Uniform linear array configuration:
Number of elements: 32
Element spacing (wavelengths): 0.5
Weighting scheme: exponential
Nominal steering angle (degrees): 45
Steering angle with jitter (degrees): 43.487
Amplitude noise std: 0.05
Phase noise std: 0.05

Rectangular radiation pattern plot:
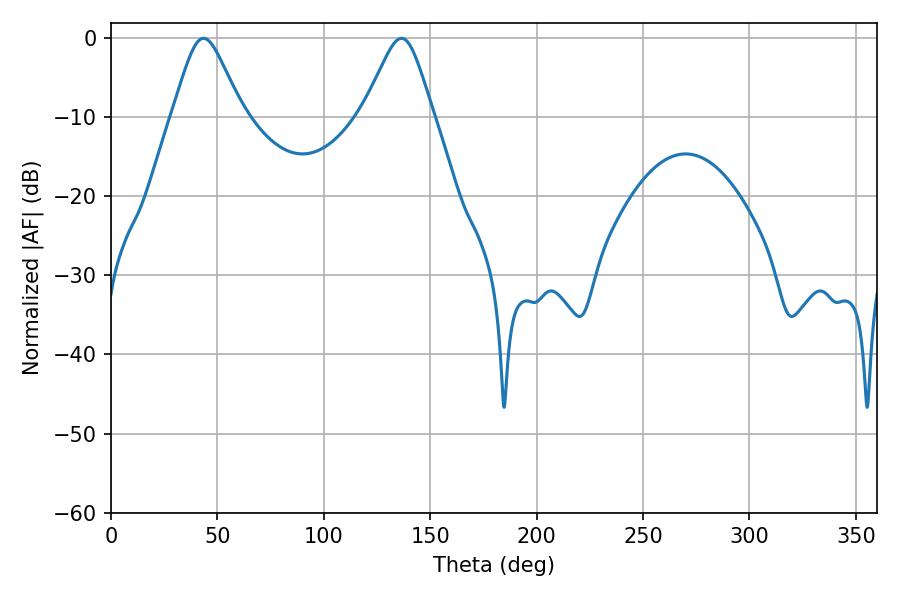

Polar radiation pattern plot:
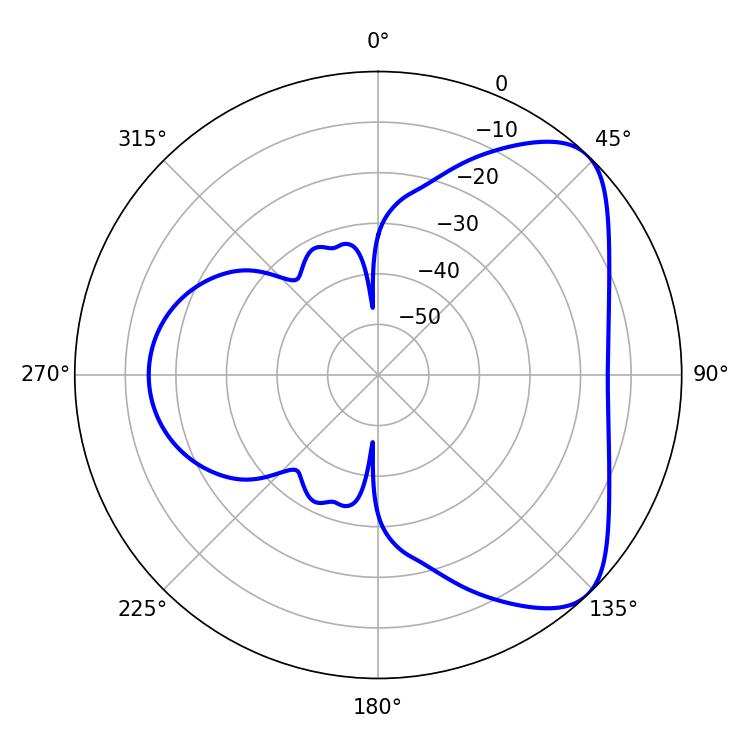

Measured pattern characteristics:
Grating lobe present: FALSE
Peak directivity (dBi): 6.27
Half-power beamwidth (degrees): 16.02
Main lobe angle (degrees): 43.56